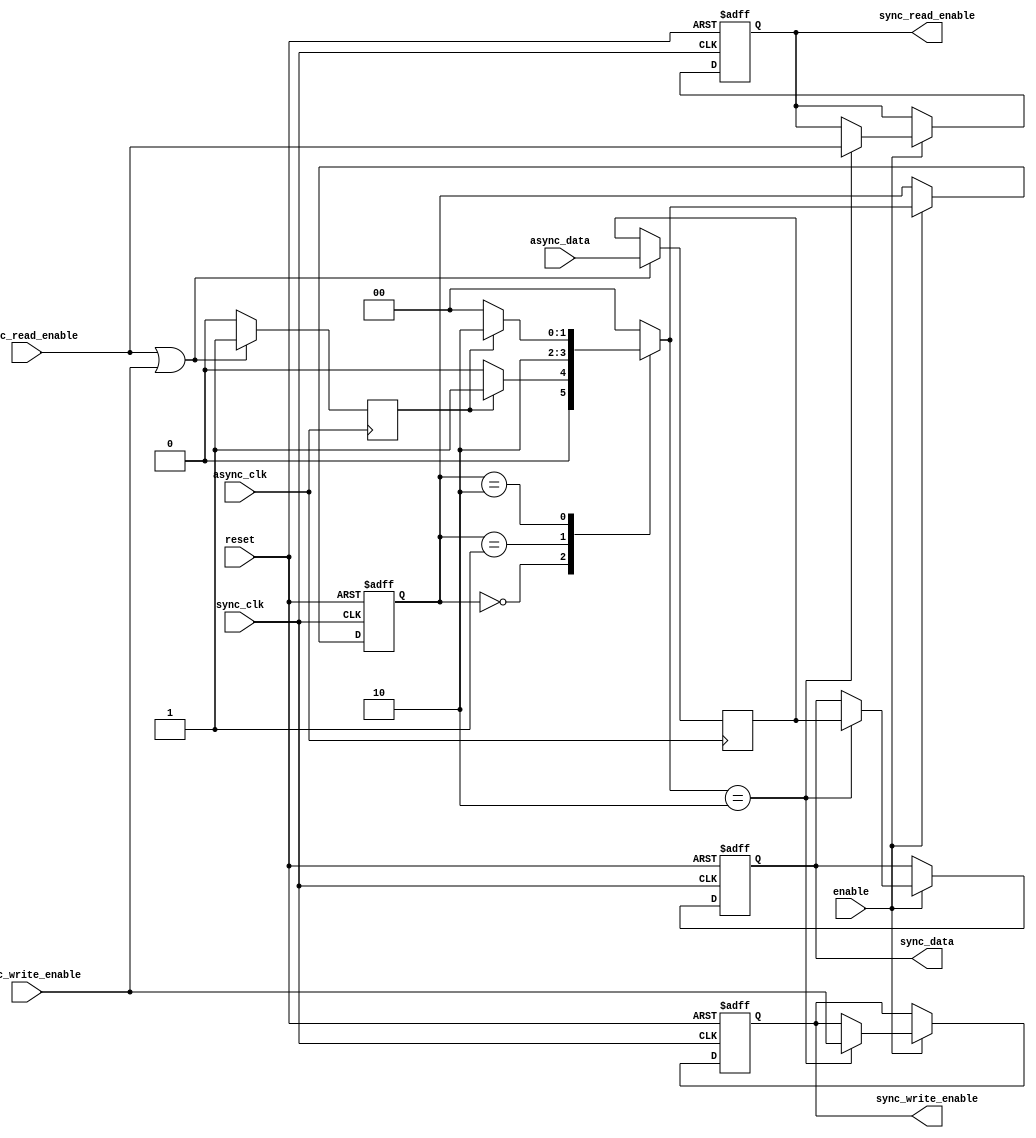
module async_to_sync_converter_detector (
    input wire async_clk,        // Asynchronous clock from memory
    input wire [N-1:0] async_data, // Asynchronous data input 
    input wire async_read_enable, // Asynchronous read enable
    input wire async_write_enable, // Asynchronous write enable
    input wire sync_clk,         // Synchronous clock
    input wire enable,           // Enable signal for the conversion
    input wire reset,           // Reset signal
    output reg [N-1:0] sync_data, // Synchronized data output
    output reg sync_read_enable, // Synchronized read enable output
    output reg sync_write_enable  // Synchronized write enable output
);

// Parameters
parameter N = 8; // Data width
parameter IDLE = 2'b00,
          DATA_DETECT = 2'b01,
          DATA_SYNC = 2'b10;

// Internal signals
reg [N-1:0] async_data_reg; // Temporary storage for async data
reg [1:0] state, next_state; // State variable
reg data_valid; // Flag indicating valid data detection

// Synchronous process for state machine and output generation
always @(posedge sync_clk or posedge reset) begin
    if (reset) begin
        state <= IDLE;
        sync_data <= 0;
        sync_read_enable <= 0;
        sync_write_enable <= 0;
    end else if (enable) begin
        state <= next_state;
        // Synchronized outputs
        if (next_state == DATA_SYNC) begin
            sync_data <= async_data_reg; // Update synchronized data
            sync_read_enable <= async_read_enable; // Synchronized control signals
            sync_write_enable <= async_write_enable;
        end
    end
end

// Asynchronous detection logic
always @(posedge async_clk) begin
    // Detect valid data and control signals
    if (async_read_enable || async_write_enable) begin
        async_data_reg <= async_data; // Capture async data
        data_valid <= 1; // Indicate valid data detected
    end else begin
        data_valid <= 0; // No valid data detected
    end
end

// Next state logic
always @(*) begin
    case(state)
        IDLE: begin
            if (data_valid)
                next_state <= DATA_DETECT;
            else
                next_state <= IDLE;
        end
        DATA_DETECT: begin
            next_state <= DATA_SYNC; // Move to synchronization state
        end
        DATA_SYNC: begin
            if (data_valid)
                next_state <= DATA_SYNC; // Stay in sync state while data is valid
            else
                next_state <= IDLE; // Return to idle if no valid data
        end
        default: next_state <= IDLE; // Default case
    endcase
end

endmodule